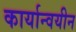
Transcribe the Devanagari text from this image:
कार्यान्वयीन